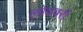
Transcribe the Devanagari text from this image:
लोयबरी